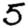
Digit: 5